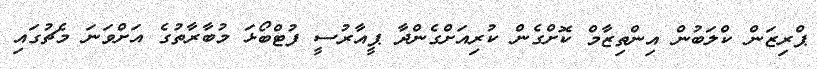
ޕްރިޒަން ކްލަބުން އިންތިޒާމް ކޮށްގެން ކުރިއަށްގެންދާ ޕީއާރުސީ ފުޓްބޯޅަ މުބާރާތުގެ އަށްވަނަ މެޗުގައި